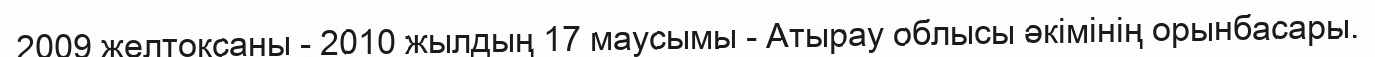
2009 желтоқсаны - 2010 жылдың 17 маусымы - Атырау облысы әкімінің орынбасары.